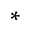
*